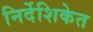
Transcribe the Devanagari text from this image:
निर्देशिकेत